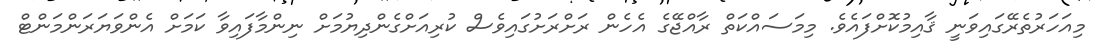
މިއަހަރުތެރޭގައިވަނީ ޤާއިމުކޮށްފައެވެ. މިމަސައްކަތް ރާއްޖޭގެ އެހެން ރަށްރަށުގައިވެސް ކުރިއަށްގެންދިޔުމަށް ނިންމާފައިވާ ކަމަށް އެންވަޔަރަންމަންޓް